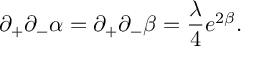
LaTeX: \partial _ { + } \partial _ { - } \alpha = \partial _ { + } \partial _ { - } \beta = \frac { \lambda } { 4 } e ^ { 2 \beta } .